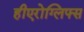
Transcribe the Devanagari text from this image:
हीएरोग्लिफ्स